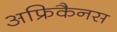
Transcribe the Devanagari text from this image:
अफ्रिकैनस